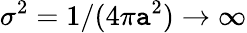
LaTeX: \sigma^{2}=1/(4\pi\mathtt{a}^{2})\to\infty